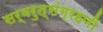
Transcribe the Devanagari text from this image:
सर्वरुत्संग्रहणी